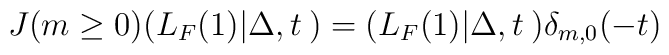
J(m\ge 0)(L_F(1)|\Delta,t\>) = (L_F(1)|\Delta,t\>) \delta_{m,0}(-t)